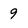
Character: 9